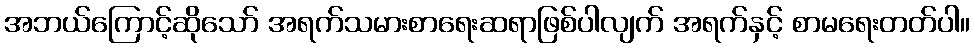
အဘယ်ကြောင့်ဆိုသော် အရက်သမားစာရေးဆရာဖြစ်ပါလျက် အရက်နှင့် စာမရေးတတ်ပါ။